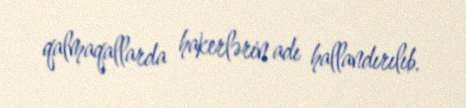
qalmaqallarda hakerlərin adı hallandırılıb.